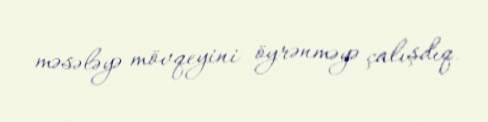
məsələyə mövqeyini öyrənməyə çalışdıq.